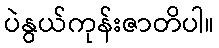
ပဲနွယ်ကုန်းဇာတိပါ။